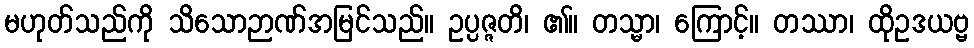
မဟုတ်သည်ကို သိသောဉာဏ်အမြင်သည်။ ဥပ္ပဇ္ဇတိ၊ ၏။ တသ္မာ၊ ကြောင့်။ တဿာ၊ ထိုဥဒယဗ္ဗ